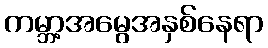
ကမ္ဘာ့အမွေအနှစ်နေရာ